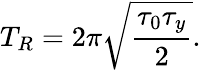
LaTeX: T_{R}=2\pi\sqrt{\frac{\tau_{0}\tau_{y}}{2}}.